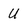
Character: U